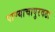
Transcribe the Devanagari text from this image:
पाण्याचापुरवठा